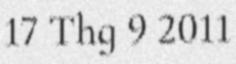
17 Thg 9 2011